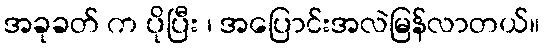
အခုခတ် က ပိုပြီး ၊ အပြောင်းအလဲမြန်လာတယ်။